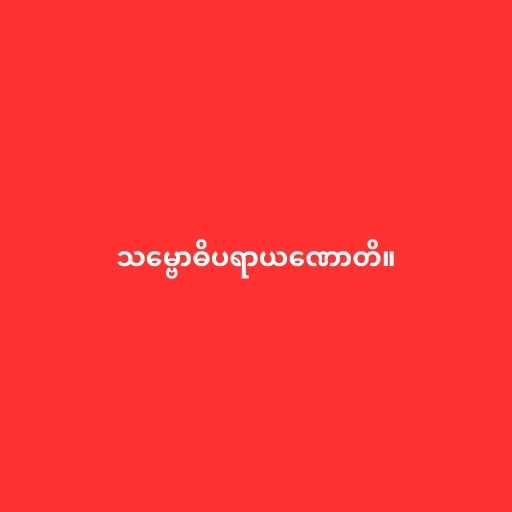
သမ္ဗောဓိပရာယဏောတိ။